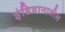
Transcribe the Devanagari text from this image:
इंडियानातील